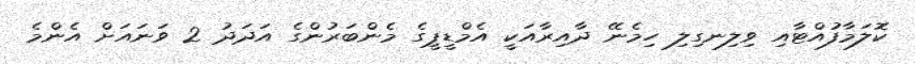
ކޮލަމާފުއްޓާއި ވިލިނގިލި ހިމެނޭ ދާއިރާއަކީ އެމްޑީޕީގެ މެންބަރުންގެ އަދަދު 2 ވަނައަށް އެންމެ